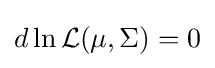
d\ln {\mathcal {L}}(\mu ,\Sigma )=0